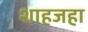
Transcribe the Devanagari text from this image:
शाहजहा